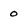
Character: 0